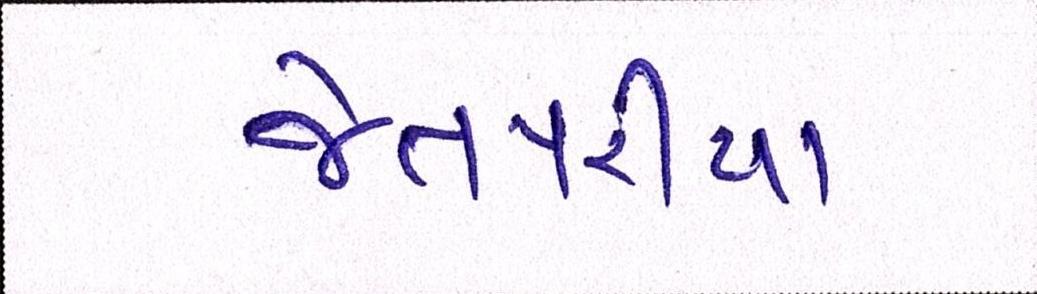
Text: જેતપરીયા